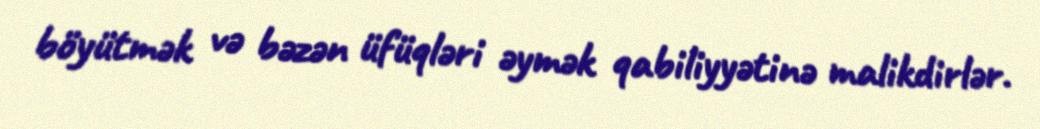
böyütmək və bəzən üfüqləri əymək qabiliyyətinə malikdirlər.